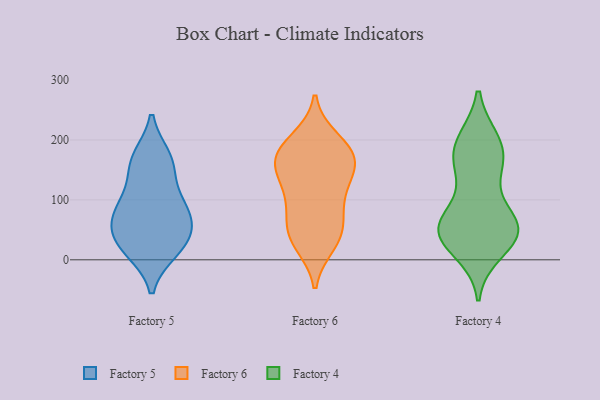
{"axis": {"x": "Latency (ms)", "y": "Value"}, "legend": ["Factory 4", "Factory 5", "Factory 6"], "data": [{"x": "", "y": 20, "type": "Factory 5"}, {"x": "", "y": 84, "type": "Factory 5"}, {"x": "", "y": 170, "type": "Factory 5"}, {"x": "", "y": 156, "type": "Factory 5"}, {"x": "", "y": 71, "type": "Factory 5"}, {"x": "", "y": 57, "type": "Factory 5"}, {"x": "", "y": 27, "type": "Factory 5"}, {"x": "", "y": 43, "type": "Factory 5"}, {"x": "", "y": 106, "type": "Factory 5"}, {"x": "", "y": 16, "type": "Factory 5"}, {"x": "", "y": 165, "type": "Factory 5"}, {"x": "", "y": 86, "type": "Factory 5"}, {"x": "", "y": 90, "type": "Factory 6"}, {"x": "", "y": 147, "type": "Factory 6"}, {"x": "", "y": 183, "type": "Factory 6"}, {"x": "", "y": 50, "type": "Factory 6"}, {"x": "", "y": 161, "type": "Factory 6"}, {"x": "", "y": 161, "type": "Factory 6"}, {"x": "", "y": 45, "type": "Factory 6"}, {"x": "", "y": 180, "type": "Factory 6"}, {"x": "", "y": 28, "type": "Factory 6"}, {"x": "", "y": 171, "type": "Factory 6"}, {"x": "", "y": 41, "type": "Factory 6"}, {"x": "", "y": 103, "type": "Factory 6"}, {"x": "", "y": 199, "type": "Factory 6"}, {"x": "", "y": 120, "type": "Factory 6"}, {"x": "", "y": 57, "type": "Factory 4"}, {"x": "", "y": 197, "type": "Factory 4"}, {"x": "", "y": 157, "type": "Factory 4"}, {"x": "", "y": 198, "type": "Factory 4"}, {"x": "", "y": 58, "type": "Factory 4"}, {"x": "", "y": 143, "type": "Factory 4"}, {"x": "", "y": 51, "type": "Factory 4"}, {"x": "", "y": 165, "type": "Factory 4"}, {"x": "", "y": 40, "type": "Factory 4"}, {"x": "", "y": 190, "type": "Factory 4"}, {"x": "", "y": 15, "type": "Factory 4"}, {"x": "", "y": 63, "type": "Factory 4"}, {"x": "", "y": 56, "type": "Factory 4"}, {"x": "", "y": 33, "type": "Factory 4"}, {"x": "", "y": 54, "type": "Factory 4"}]}